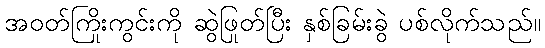
အဝတ်ကြိုးကွင်းကို ဆွဲဖြုတ်ပြီး နှစ်ခြမ်းခွဲ ပစ်လိုက်သည်။